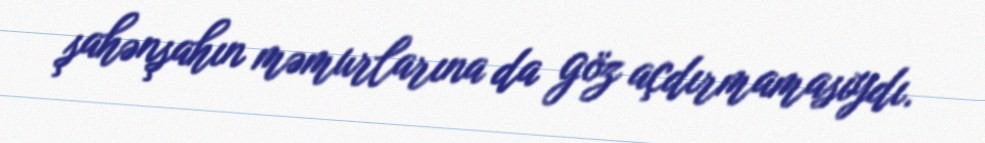
şahənşahın məmurlarına da göz açdırmamasıydı.